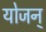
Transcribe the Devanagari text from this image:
योजन्